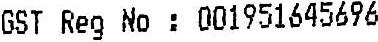
GST REG NO : 001951645696